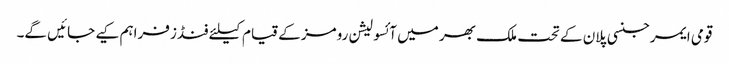
قومی ایمرجنسی پلان کے تحت ملک بھر میں آئسولیشن رومز کے قیام کیلئے فنڈز فراہم کیے جائیں گے۔